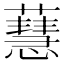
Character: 𧁜